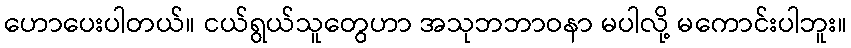
ဟောပေးပါတယ်။ ငယ်ရွယ်သူတွေဟာ အသုဘဘာဝနာ မပါလို့ မကောင်းပါဘူး။